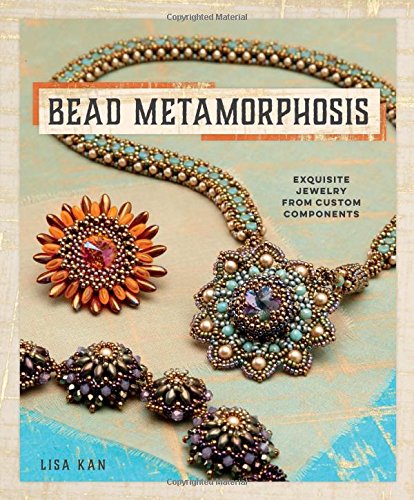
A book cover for Bead Metamorphosis: Exquisite Jewelry from Custom Components; Lisa Kan; Crafts, Hobbies & Home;